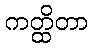
ကတ္ထိတာ